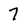
Character: 7